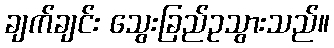
ချက်ချင်း သွေးခြည်ဥသွားသည်။